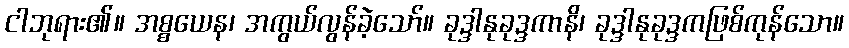
ငါဘုရား၏။ အစ္စယေန၊ အကွယ်လွန်ခဲ့သော်။ ခုဒ္ဒါနုခုဒ္ဒကာနိ၊ ခုဒ္ဒါနုခုဒ္ဒကဖြစ်ကုန်သော။